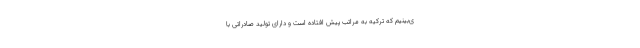
ی‌بینیم که ترکیه به مراتب پیش افتاده است و دارای تولید صادراتی با